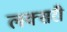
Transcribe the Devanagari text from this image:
लक्सरी